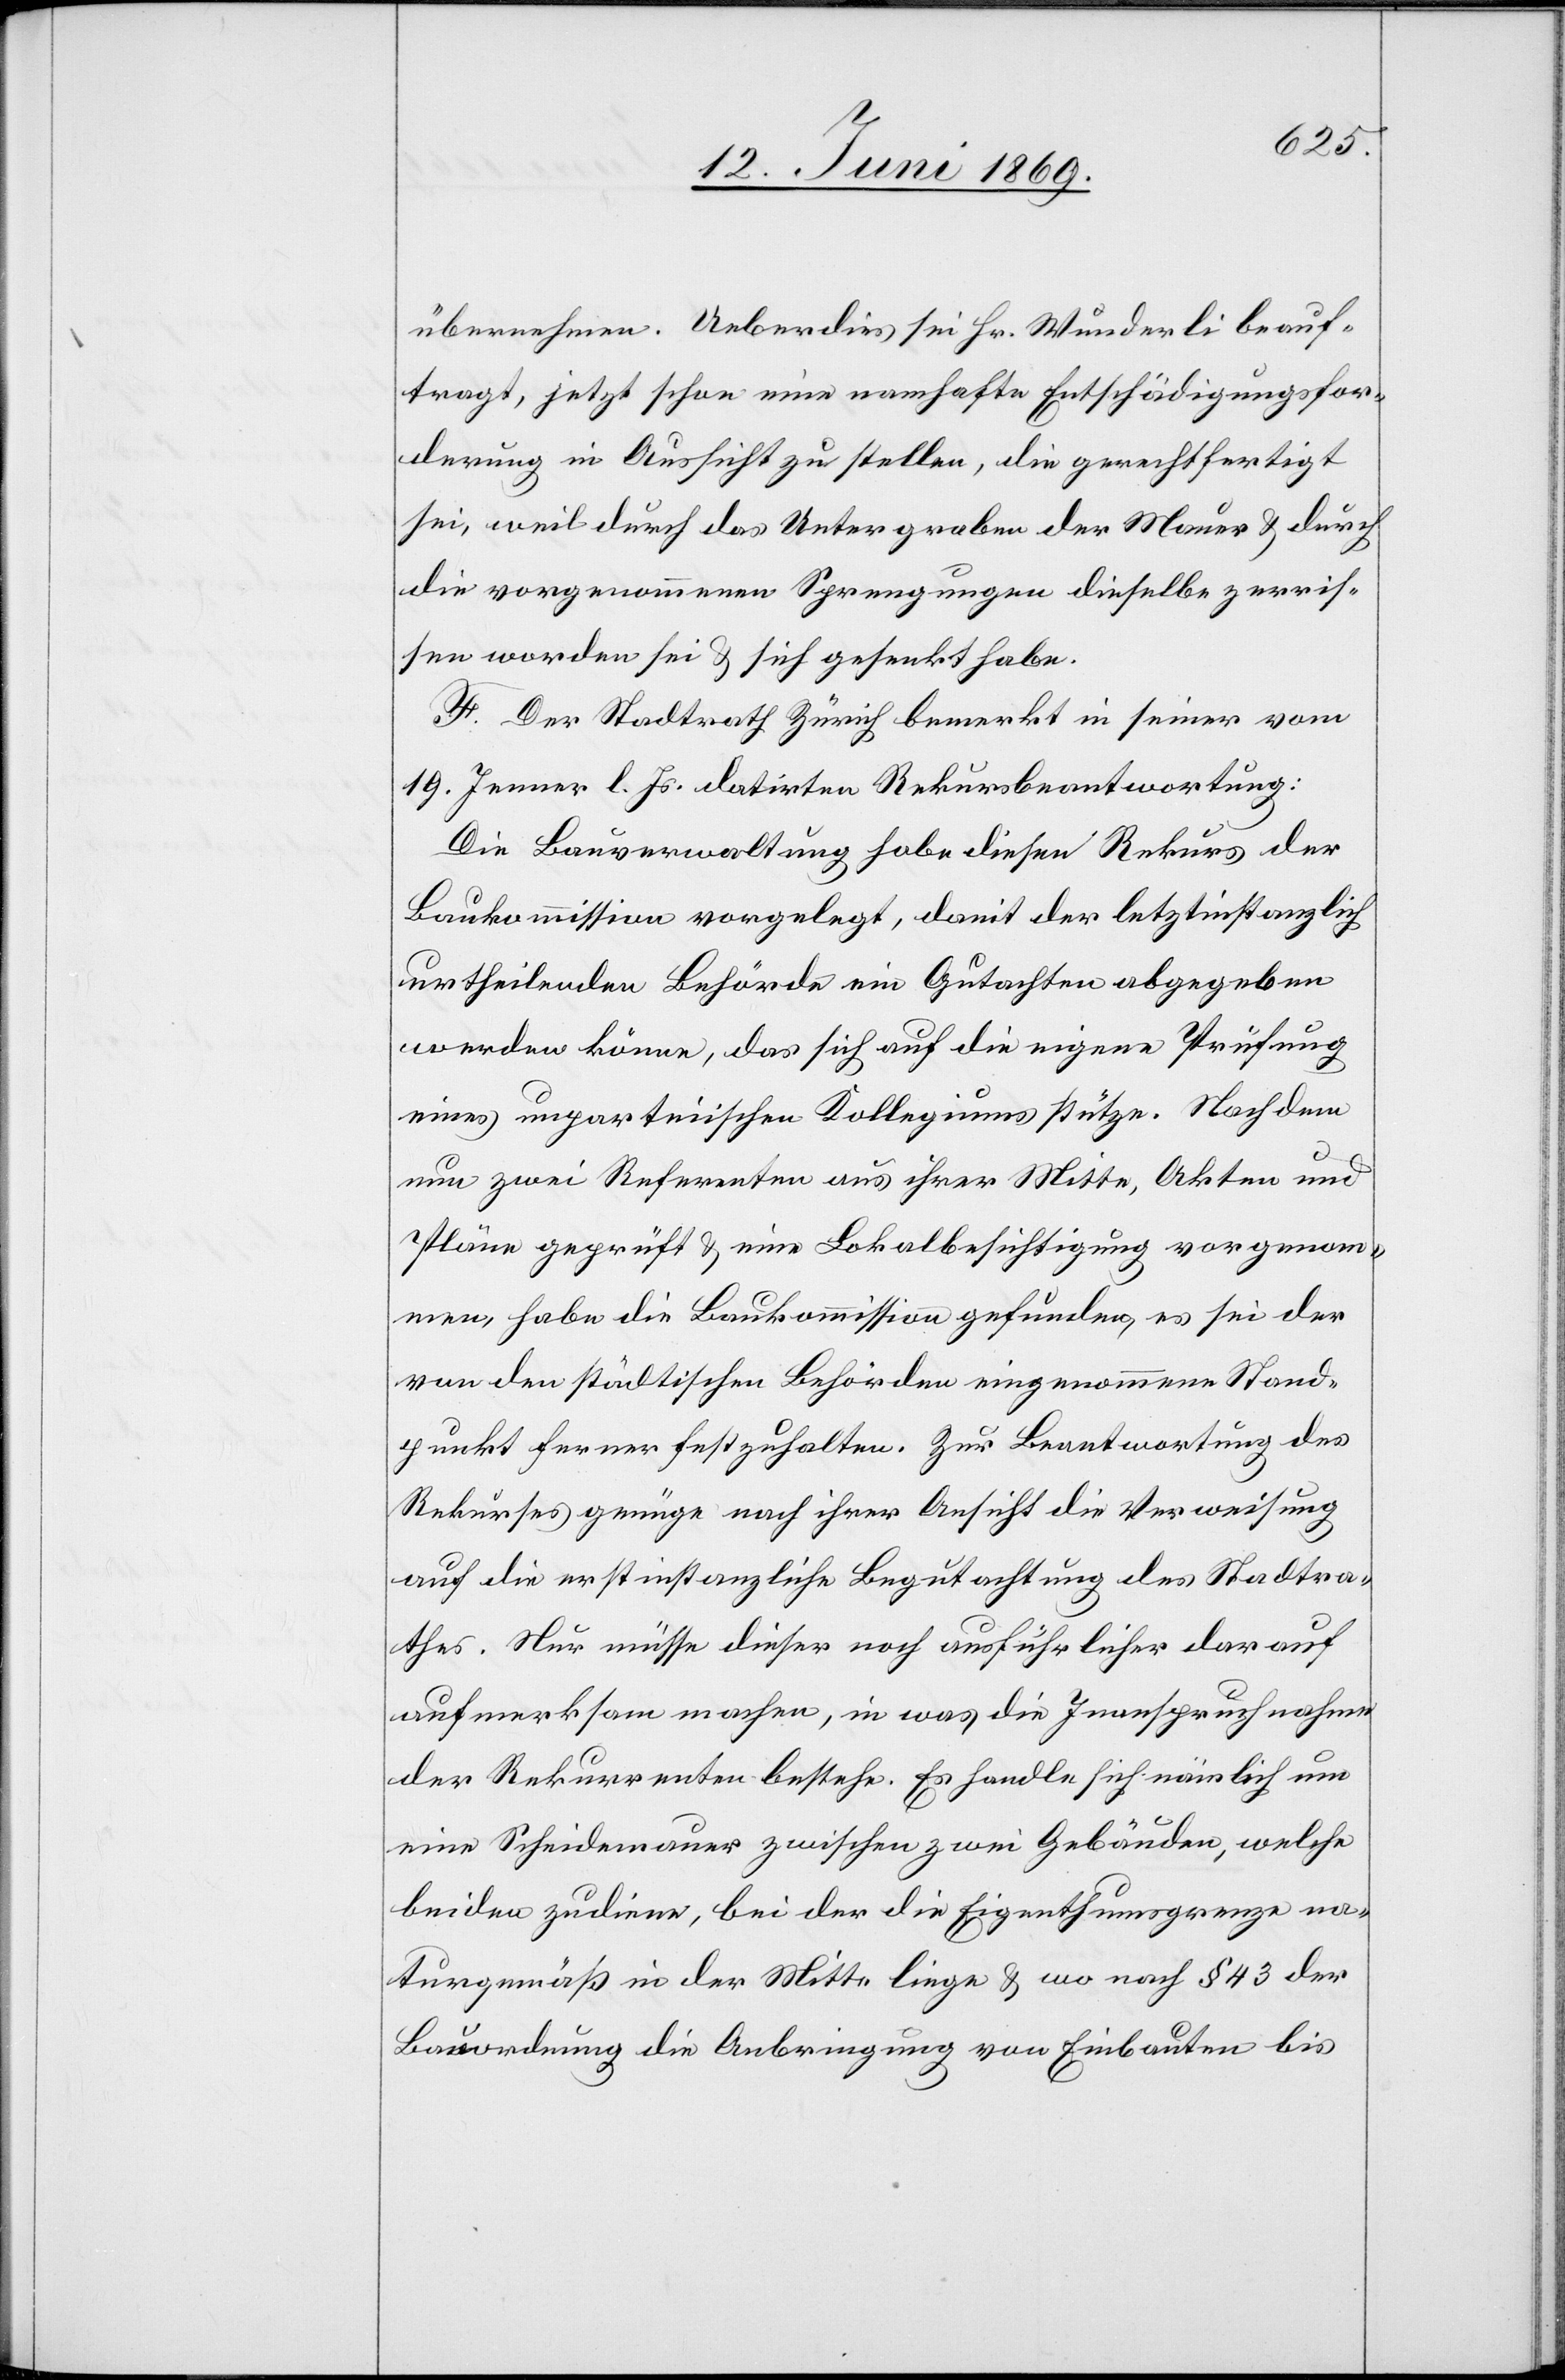
übernehmen. Ueberdies sei Hr. Wunderli beauf¬
tragt, jetzt schon eine namhafte Entschädigungsfor¬
derung in Aussicht zu stellen, die gerechtfertigt
sei, weil durch das Untergraben der Mauer u. durch
die vorgenommenen Sprengungen dieselbe zerris¬
sen worden sei u. sich gesenkt habe.
F. Der Stadtrath Zürich bemerkt in seiner vom
19. Jenner l. Js. datirten Rekursbeantwortung:
Die Bauverwaltung habe diesen Rekurs der
Baukommission vorgelegt, damit der letztinstanzlich
urtheilenden Behörde ein Gutachten abgegeben
werden könne, das sich auf die eigene Prüfung
eines unparteiischen Kollegiums stütze. Nachdem
nun zwei Referenten aus ihrer Mitte, Akten und
Pläne geprüft u. eine Lokalbesichtigung vorgenom¬
men, habe die Baukommission gefunden, es sei der
von den städtischen Behörden eingenommene Stand¬
punkt ferner festzuhalten. Zur Beantwortung des
Rekurses genüge nach ihrer Ansicht die Verweisung
auf die erstinstanzliche Begutachtung des Stadtra¬
thes. Nur müsse dieser noch ausführlicher darauf
aufmerksam machen, in was die Inanspruchnahme
der Rekurrenten bestehe. Es handle sich nämlich um
eine Scheidemauer zwischen zwei Gebäuden, welche
beiden zudiene, bei der Eigenthumsgrenze na¬
turgemäß in der Mitte liege u. wo nach § 43 der
Bauordnung die Anbringung von Einbauten bis